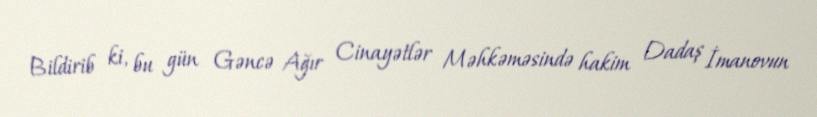
Bildirib ki, bu gün Gəncə Ağır Cinayətlər Məhkəməsində hakim Dadaş İmanovun